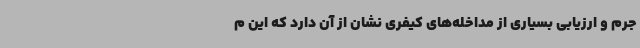
جرم و ارزیابی بسیاری از مداخله‌های کیفری نشان از آن دارد که این م